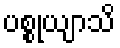
ပစ္စုယျာသိ